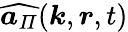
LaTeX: \widehat{\boldsymbol{a}_{\mathit{\Pi}}}(\boldsymbol{k},\boldsymbol{r},t)